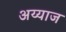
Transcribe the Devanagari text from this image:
अय्याज